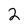
Character: 2